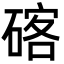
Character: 碦